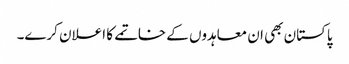
پاکستان بھی ان معاہدوں کے خاتمے کا اعلان کرے۔